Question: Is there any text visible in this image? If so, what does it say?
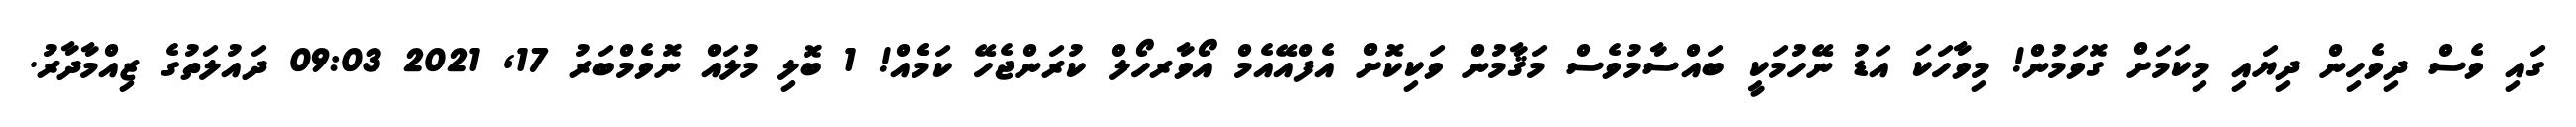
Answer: ގައި ވެސް ދިވެހިން ދިޔައި މިކަމަށް ގޮވަމުން! މިވާހަކަ އަޑު ނޭހުމަކީ ބައްސާމުވެސް މަޤާމުން ވަކިކޮށް އެފްއޭއެމް އޯވާރހޯލް ކުރަންޖެހޭ ކަމެެއް! 1 ބޮލި މުލައް ނޮވެމްބަރު 17, 2021 09:03 ދައުލަތުގެ ޒިއްމާދާރު.